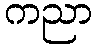
ကညာ